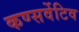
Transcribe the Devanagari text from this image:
कण्सर्वेटिव